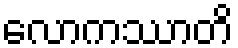
လောကဿာတိ